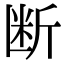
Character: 断